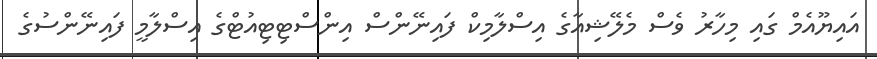
އައިޔޫއެމް ގައި މިހާރު ވެސް މެލޭޝިއާގެ އިސްލާމިކް ފައިނޭންސް އިންސްޓިޓިއުޓްގެ އިސްލާމީ ފައިނޭންސުގެ